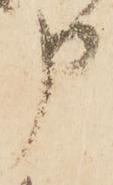
申